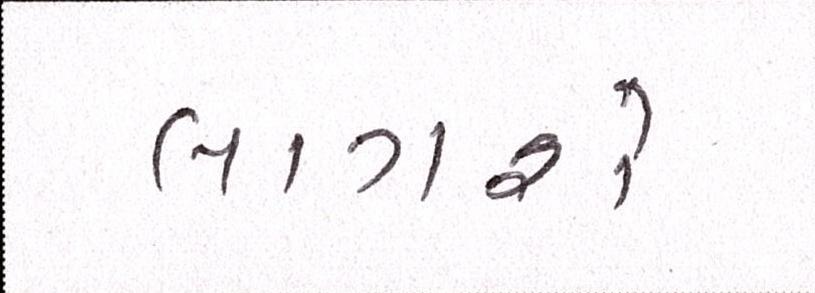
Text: લાગશે